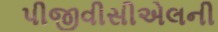
પીજીવીસીએલની